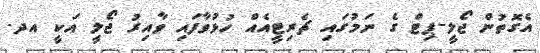
އެގޮތުން ޖޯލީ-ޕިޓް ގެ ނަމުގައި ޗެރިޓީއެއް ހުޅުވާފައި ވާއިރު ޖޯލީ އަކީ އދ.